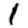
Digit: 1